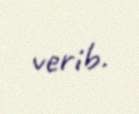
verib.